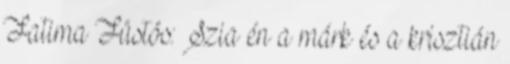
Fatima Füstös: Szia én a márk és a krisztián